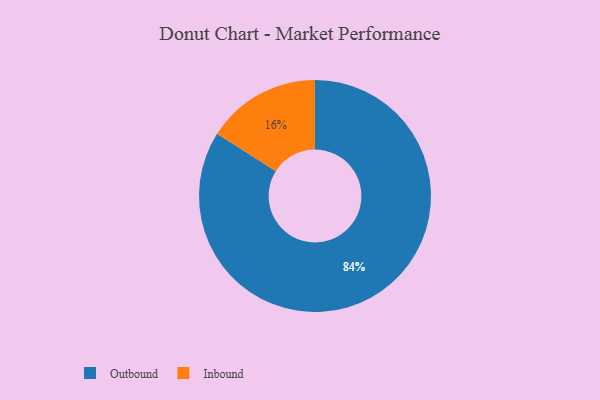
{"axis": {"x": "Category", "y": "Percentage"}, "legend": ["Inbound", "Outbound"], "data": [{"x": "Outbound", "y": 84, "type": "Outbound"}, {"x": "Inbound", "y": 16, "type": "Inbound"}]}